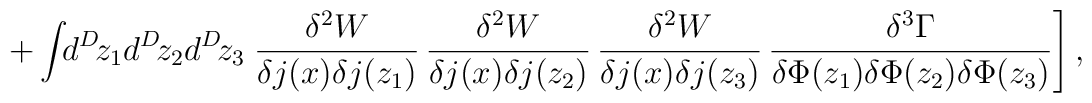
+ \int\!\!d^D\!z_1 d^D\!z_2 d^D\!z_3 \left.       \frac{\delta^2 W}{\delta j(x) \delta j(z_1)} \,       \frac{\delta^2 W}{\delta j(x) \delta j(z_2)} \,       \frac{\delta^2 W}{\delta j(x) \delta j(z_3)} \,       \frac{\delta^3 \Gamma}                  {\delta \Phi(z_1) \delta \Phi(z_2) \delta \Phi(z_3)}          \right] ,